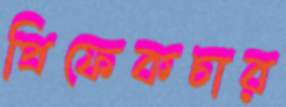
প্রিফেকচার